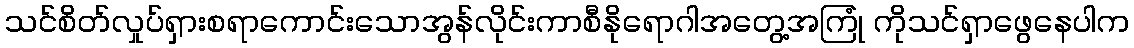
သင်စိတ်လှုပ်ရှားစရာကောင်းသောအွန်လိုင်းကာစီနိုရောဂါအတွေ့အကြုံ ကိုသင်ရှာဖွေနေပါက